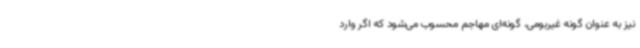
نیز به عنوان گونه غیربومی، ‌گونه‌ای مهاجم محسوب می‌شود که اگر وارد